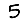
Digit: 5